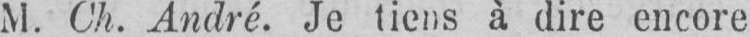
M. Ch. André. Je tiens à dire encore